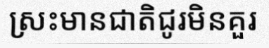
ស្រះមានជាតិជូរមិនគួរ